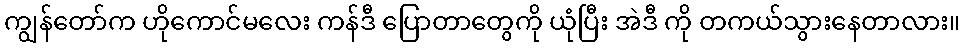
ကျွန်တော်က ဟိုကောင်မလေး ကန်ဒီ ပြောတာတွေကို ယုံပြီး အဲဒီ ကို တကယ်သွားနေတာလား။